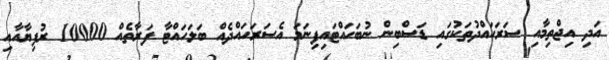
އަދި އިޖްތިމާއި ސަރަހައްދުތަކުގައި ޑަސްބިން ނުބަހައްޓައިފިނަމަ އެސަރަހައްދެއް ބަލަހައްޓާ ފަރާތެއް 10000 ރުފިޔާއާއި